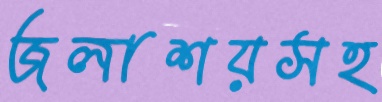
জলাশয়সহ